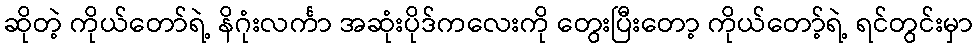
ဆိုတဲ့ ကိုယ်တော်ရဲ့ နိဂုံးလင်္ကာ အဆုံးပိုဒ်ကလေးကို တွေးပြီးတော့ ကိုယ်တော့်ရဲ့ ရင်တွင်းမှာ